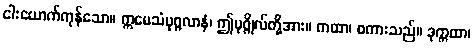
ငါးယောက်ကုန်သော။ ဣမေသံပုဂ္ဂလာနံ၊ ဤပုဂ္ဂိုလ်တို့အား။ ကထာ၊ စကားသည်။ ဒုက္ကထာ၊